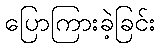
ပြောကြားခဲ့ခြင်း